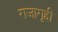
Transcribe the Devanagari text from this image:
राजागृही